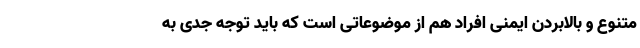
متنوع و بالابردن ایمنی افراد هم از موضوعاتی است که باید توجه جدی به